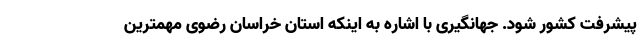
پیشرفت کشور شود. جهانگیری با اشاره به اینکه استان خراسان رضوی مهمترین